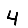
Digit: 4